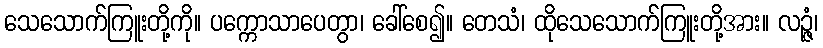
သေသောက်ကြူးတို့ကို။ ပက္ကောသာပေတွာ၊ ခေါ်စေ၍။ တေသံ၊ ထိုသေသောက်ကြူးတို့အား။ လဉ္ဇံ၊